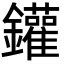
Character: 鑵